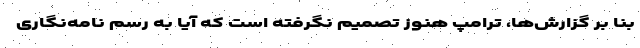
بنا بر گزارش‌ها، ترامپ هنوز تصمیم نگرفته است که آیا به رسم نامه‌نگاری